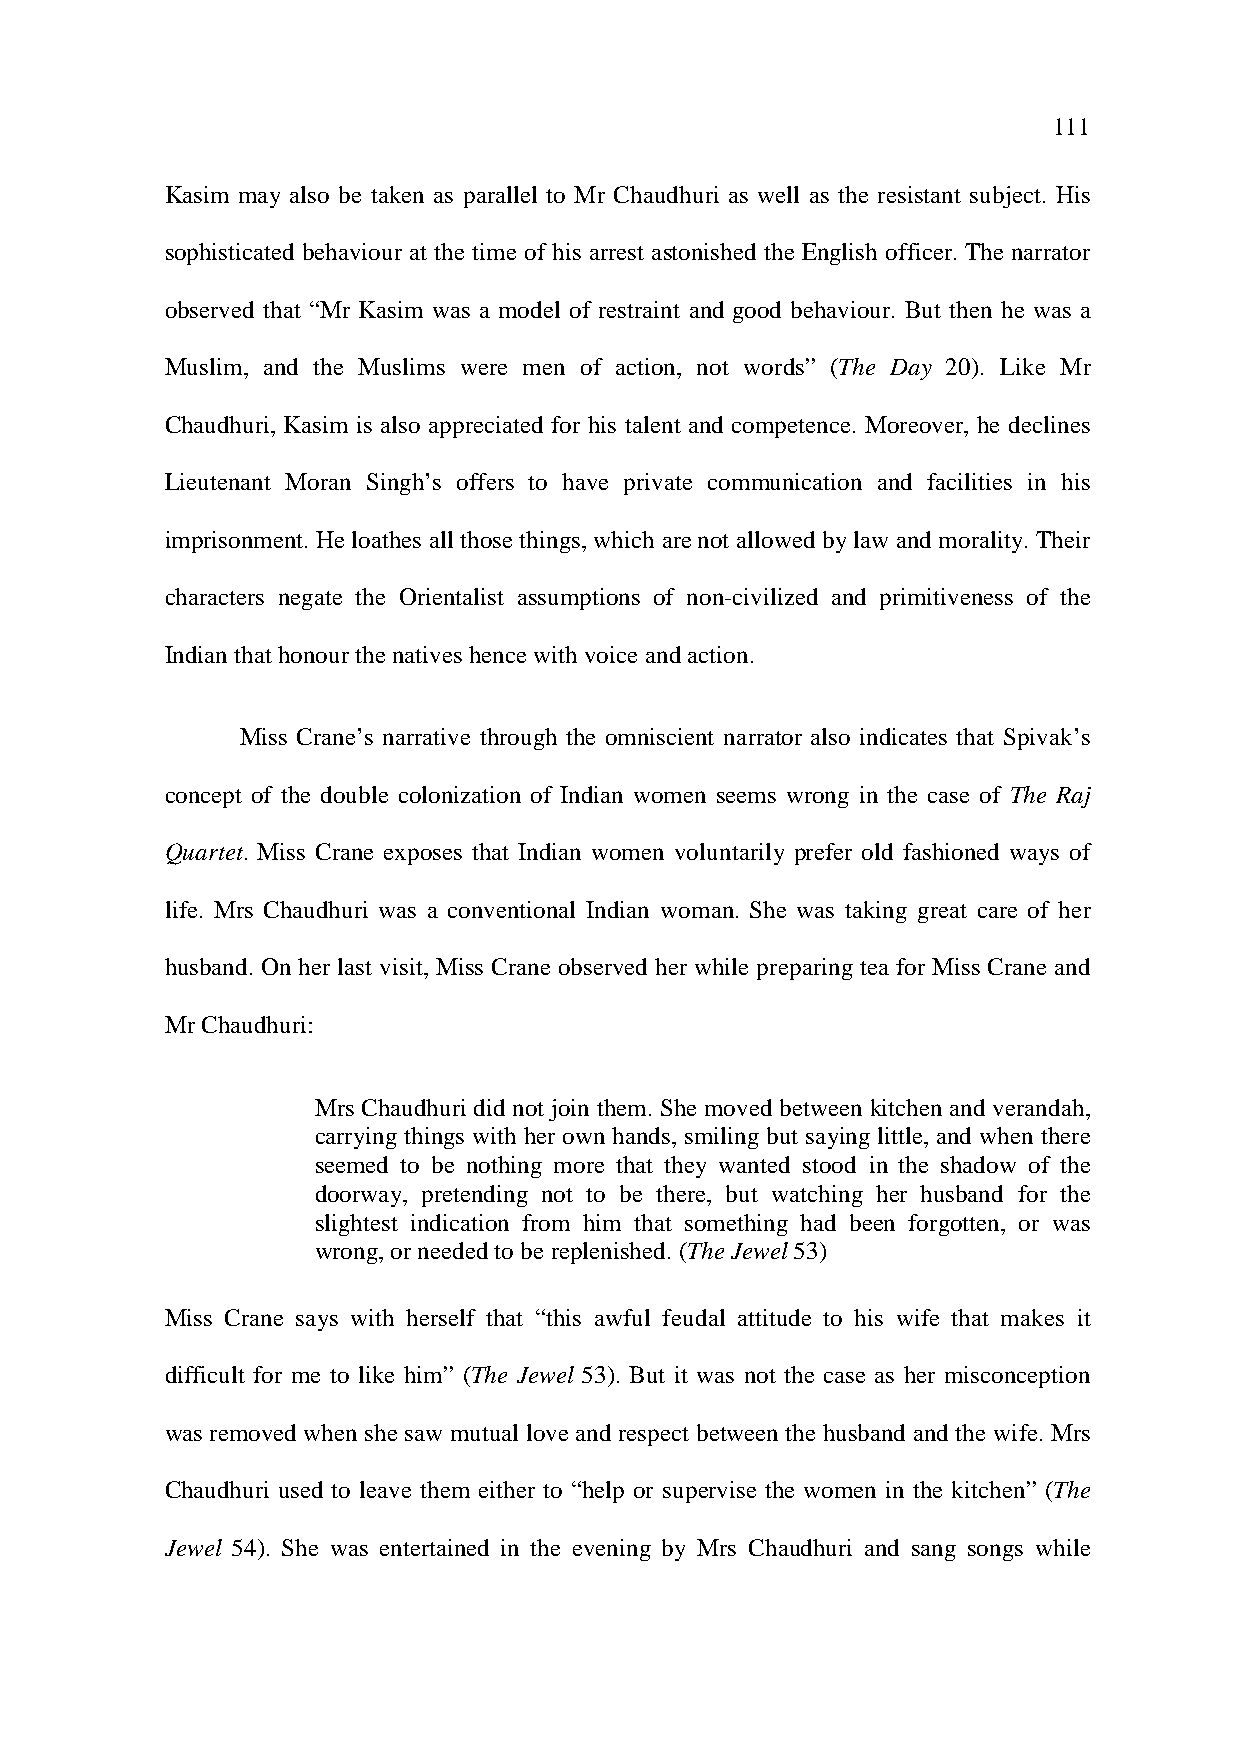
111
 Kasim may also be taken as parallel to Mr Chaudhuri as well as the resistant subject. His
 sophisticated behaviour at the time of his arrest astonished the English officer. The narrator
 observed that “Mr Kasim was a model of restraint and good behaviour. But then he was a
 Muslim, and the Muslims were men of action, not words” (The Day 20). Like Mr
 Chaudhuri, Kasim is also appreciated for his talent and competence. Moreover, he declines
 Lieutenant Moran Singh’s offers to have private communication and facilities in his
 imprisonment. He loathes all those things, which are not allowed by law and morality. Their
 characters negate the Orientalist assumptions of non-civilized and primitiveness of the
 Indian that honour the natives hence with voice and action.
 Miss Crane’s narrative through the omniscient narrator also indicates that Spivak’s
 concept of the double colonization of Indian women seems wrong in the case of The Raj
 Quartet. Miss Crane exposes that Indian women voluntarily prefer old fashioned ways of
 life. Mrs Chaudhuri was a conventional Indian woman. She was taking great care of her
 husband. On her last visit, Miss Crane observed her while preparing tea for Miss Crane and
 Mr Chaudhuri:
 Mrs Chaudhuri did not join them. She moved between kitchen and verandah,
 carrying things with her own hands, smiling but saying little, and when there
 seemed to be nothing more that they wanted stood in the shadow of the
 doorway, pretending not to be there, but watching her husband for the
 slightest indication from him that something had been forgotten, or was
 wrong, or needed to be replenished. (The Jewel 53)
 Miss Crane says with herself that “this awful feudal attitude to his wife that makes it
 difficult for me to like him” (The Jewel 53). But it was not the case as her misconception
 was removed when she saw mutual love and respect between the husband and the wife. Mrs
 Chaudhuri used to leave them either to “help or supervise the women in the kitchen” (The
 Jewel 54). She was entertained in the evening by Mrs Chaudhuri and sang songs while